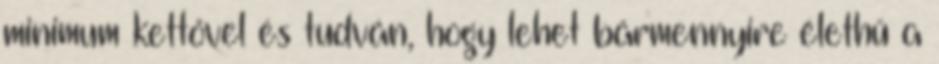
minimum kettővel és tudván, hogy lehet bármennyire élethű a